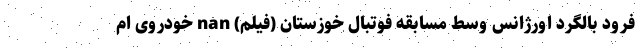
فرود بالگرد اورژانس وسط مسابقه فوتبال خوزستان (فیلم) nan خودروی ام